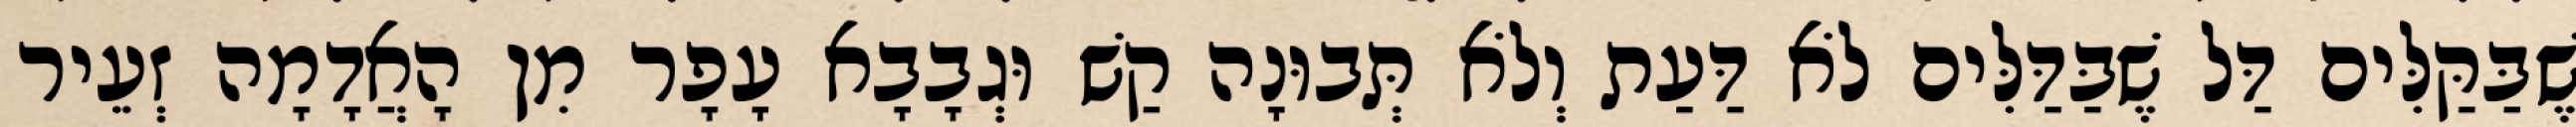
שֶׁבַּקַּלִּים דַּל שֶׁבַּדַּלִּים לֹא דַּעַת וְלֹא תְּבוּנָה קַשׁ וּגְבָבָא עָפָר מִן הָאֲדָמָה זְעֵיר